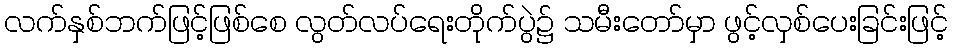
လက်နှစ်ဘက်ဖြင့်ဖြစ်စေ လွတ်လပ်ရေးတိုက်ပွဲ၌ သမီးတော်မှာ ဖွင့်လှစ်ပေးခြင်းဖြင့်